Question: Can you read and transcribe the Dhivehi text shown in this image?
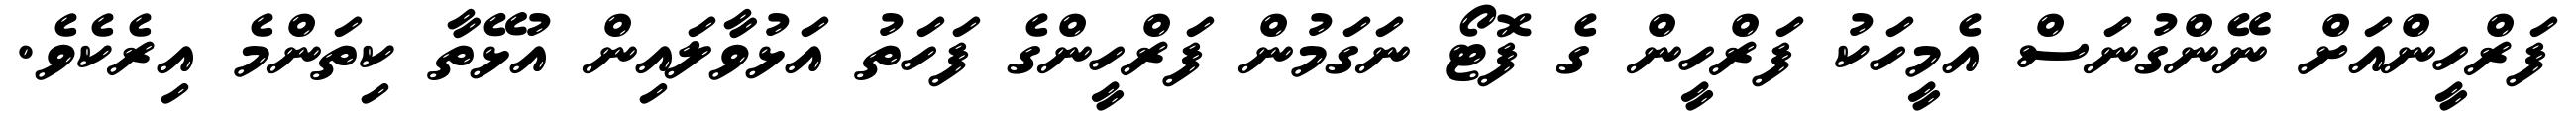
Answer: ފަރްހީންއަށް ނޭންގުނަސް އެމީހަކު ފަރްހީން ގެ ފޮޓޯ ނަގަމުން ފަރްހީންގެ ފަހަތު އަޅުވާލައިން އުޅޭތާ ކިތަންމެ އިރެކެވެ.